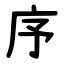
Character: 序